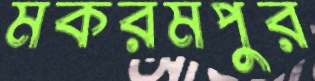
মকরমপুর